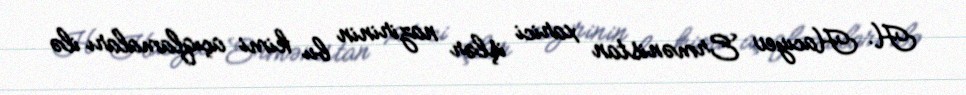
H. Hacıyev Ermənistan xarici işlər nazirinin bu kimi açıqlamaları ilə